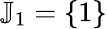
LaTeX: \mathbb{J}_{1}=\{ 1\}